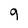
Character: 9